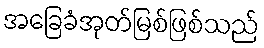
အခြေခံအုတ်မြစ်ဖြစ်သည်